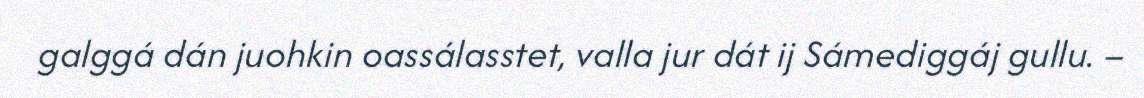
galggá dán juohkin oassálasstet, valla jur dát ij Sámediggáj gullu. –